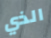
الذي